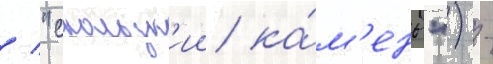
/ "скользк'ии ка́м'ень") -